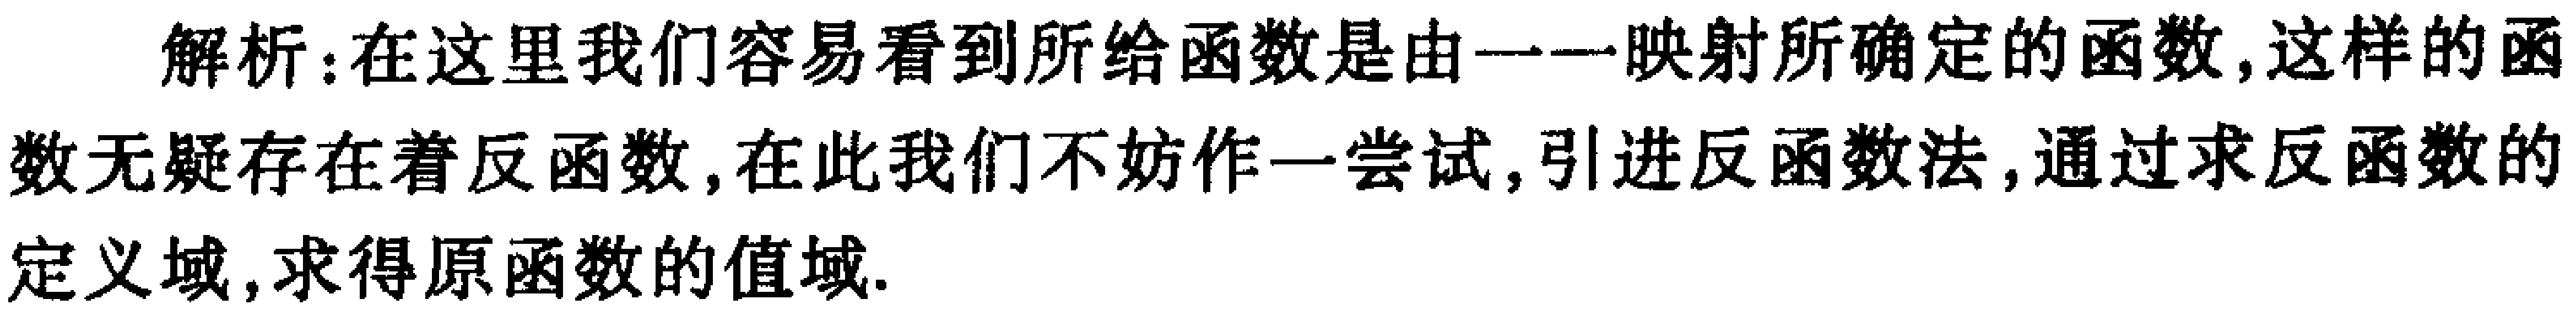
解析：在这里我们容易看到所给函数是由一一映射所确定的函数,这样的函数无疑存在着反函数,在此我们不妨作一尝试,引进反函数法,通过求反函数的定义域,求得原函数的值域.